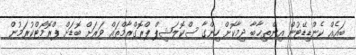
ބައެއް ކެންޑިޑޭޓުން އިންތިޚާބާ ދިމާކޮށް ހިންގާ ސްކޮލަޝިޕް ޕްރޮގްރާމްތައް ވަރަށް ބޮޑަށް ޕްރޮމޯޓްކުރަމުން